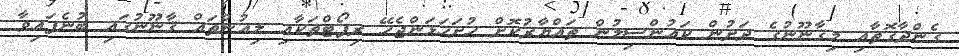
ގެންދާގޮތާއި މިޤާނޫނުގެ ދަށުން ކައުންސިލުން ތައްޔާރުކޮށް ހުށަހަޅަންޖެހޭ ރިޕޯޓްތަކާއި ލިއުންތައް ޤާނޫނުގައި ބުނެފައިވާ